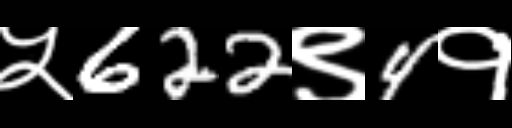
Text: ५622९4१